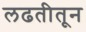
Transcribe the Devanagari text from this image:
लढतीतून